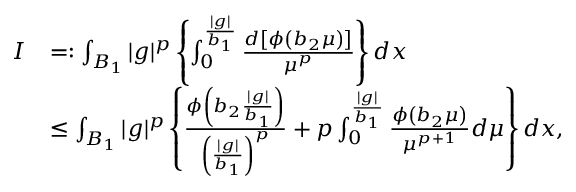
\begin{array} { r l } { I } & { = : \int _ { B _ { 1 } } | g | ^ { p } \left\{ \int _ { 0 } ^ { \frac { | g | } { b _ { 1 } } } \frac { d \left[ \phi \left( b _ { 2 } \mu \right) \right] } { \mu ^ { p } } \right\} d x } \\ & { \leq \int _ { B _ { 1 } } | g | ^ { p } \left\{ \frac { \phi \left( b _ { 2 } \frac { | g | } { b _ { 1 } } \right) } { \left( \frac { | g | } { b _ { 1 } } \right) ^ { p } } + p \int _ { 0 } ^ { \frac { | g | } { b _ { 1 } } } \frac { \phi \left( b _ { 2 } \mu \right) } { \mu ^ { p + 1 } } d \mu \right\} d x , } \end{array}